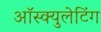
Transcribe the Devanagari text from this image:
ऑस्क्युलेटिंग